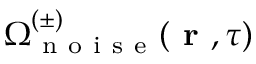
\Omega _ { \mathrm { ~ n ~ o ~ i ~ s ~ e ~ } } ^ { ( \pm ) } ( \textbf { r } , \tau )